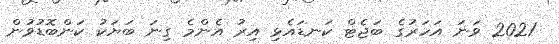
2021 ވަނަ އަހަރުގެ ބަޖެޓް ކަނޑައެޅި އިރު އެންމެ ގިނަ ބަޔަކު ކަންބޮޑުވުން